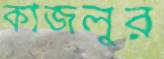
কাজলুর